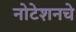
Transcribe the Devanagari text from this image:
नोटेशनचे